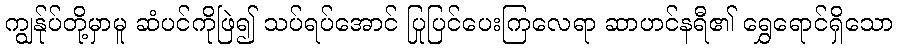
ကျွန်ုပ်တို့မှာမူ ဆံပင်ကိုဖြဲ၍ သပ်ရပ်အောင် ပြုပြင်ပေးကြလေရာ ဆာဟင်နရီ၏ ရွှေရောင်ရှိသော